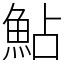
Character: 鮎